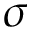
\sigma